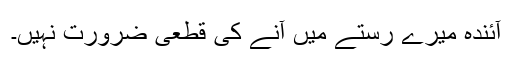
آئندہ میرے رستے میں آنے کی قطعی ضرورت نہیں۔